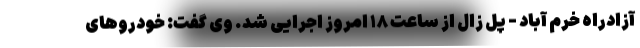
آزادراه خرم آباد - پل زال از ساعت ۱۸ امروز اجرایی شد. وی گفت: خودروهای